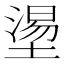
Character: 𡐀